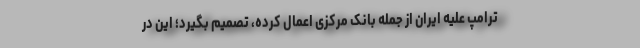
ترامپ علیه ایران از جمله بانک مرکزی اعمال کرده، تصمیم بگیرد؛ این در